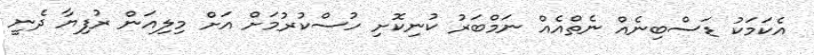
އެކަމަކު ޑަސްބިނެއް ނެތްއެއް ނަމްބަރު ކުނިކޮށި ހުސްކުރުމަށް އަށް މިލިއަން ރުފިޔާ ދެނީ